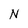
Character: N